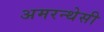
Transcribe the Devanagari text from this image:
अमरन्थेसी